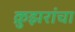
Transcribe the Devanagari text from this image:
क्रुझरांचा